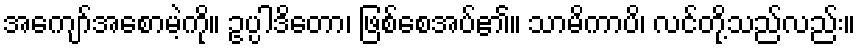
အကျော်အစောမဲ့ကို။ ဥပ္ပါဒိတော၊ ဖြစ်စေအပ်၏။ သာမိကာပိ၊ လင်တို့သည်လည်း။